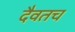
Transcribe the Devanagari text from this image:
दैवतच